system: You are a helpful assistant.
user:
Analyze the provided spectrum to determine if it is a **S-type Star**.

- **Key Indicators for S-type Star:**

    - **(Overall Spectrum Shape):** The first and most obvious characteristic is the overall continuum (the "baseline" shape). It is **extremely "red-sloping,"** meaning the flux (light intensity) is very low on the left side (blue, ~4000-4500 Å) and rises steeply and continuously toward the right side (red, ~7000 Å+).

    - **(Primary):** The spectrum is defined by the presence of strong, broad molecular absorption "valleys" (bands) from **Zirconium Oxide (ZrO)**. The identification of these bands is the **primary requirement** for classifying a star as S-type.
        - **(Key Bandheads):** You must find distinct, deep "dips" where the light has been absorbed. The most critical band systems to locate are:
            - **~6474 Å** ($\gamma$-system): This is often the strongest and clearest ZrO feature, found in the red part of the spectrum.
            - **~5718 Å** & **~5551 Å** ($\beta$-system): A pair of prominent absorption features in the yellow-orange part of the spectrum.
            - **~4640 Å** ($\alpha$-system): A key absorption band system in the blue-green region of the spectrum.

    - **(Secondary Confirmation):** The classification is strengthened by finding additional absorption bands from other related heavy element oxides, which are expected to be present alongside ZrO.
        - **(Key Bandheads):**
            - **Yttrium Oxide (YO):** Look for absorption dips near **~4800 Å** and **~6100 Å**.
            - **Lanthanum Oxide (LaO):** Additional absorption features, particularly in the red-orange part of the spectrum, are also characteristic.

    - **(Line Profile):** The combination of the steep red continuum and these numerous, deep molecular bands (ZrO, YO, etc.) gives the entire spectrum a very **"chopped-up"** or **"bumpy"** appearance. Instead of a smooth curve, the spectrum looks as though large, wide chunks of light have been "carved out" of it at the specific wavelengths listed above.

Think first, call **spectral_visualization_tool** if needed to examine features in detail, then provide your final answer. Your response must adhere to the following strict rules:
1.  **Overall Structure:** Your response must follow the format `<think>...</think> <tool_call>...</tool_call> (if a tool is used) <answer>...</answer>`.
2.  **Tool Usage Constraint:** You may only make **one** tool call per turn.
3.  **Final Answer Format:** In the `<answer>` tag, your conclusion must be inside a `\boxed{}` command (e.g., `\boxed{YES}` or `\boxed{NO}`), followed by your justification.

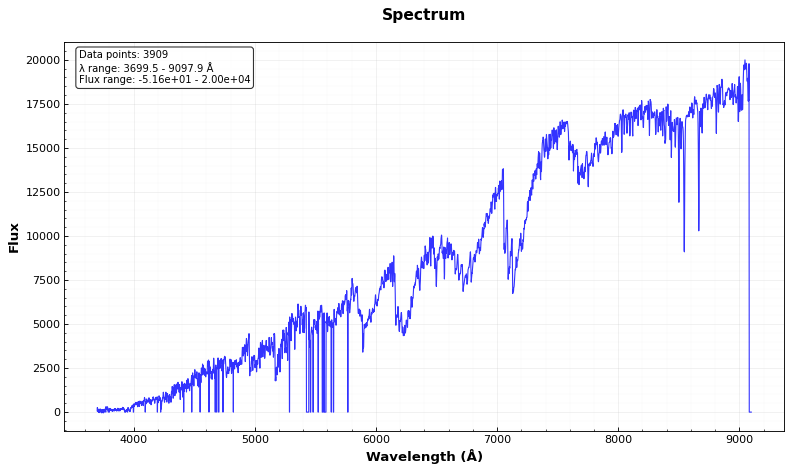
Answer: YES